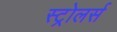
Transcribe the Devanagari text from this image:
स्ट्रोलर्स